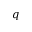
q